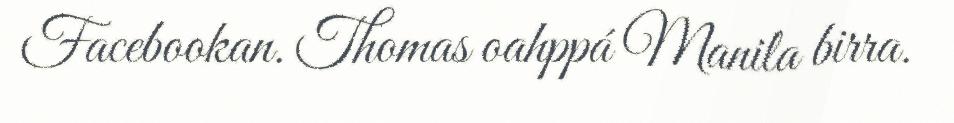
Facebookan. Thomas oahppá Manila birra.